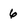
Character: 6